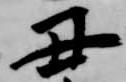
丑